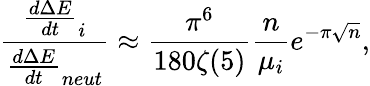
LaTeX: \frac{\frac{d\Delta E}{dt}_{i}}{\frac{d\Delta E}{dt}_{neut}}\approx\frac{\pi^{6}}{180\zeta(5)}\frac{n}{\mu_{i}}e^{-\pi\sqrt{n}},